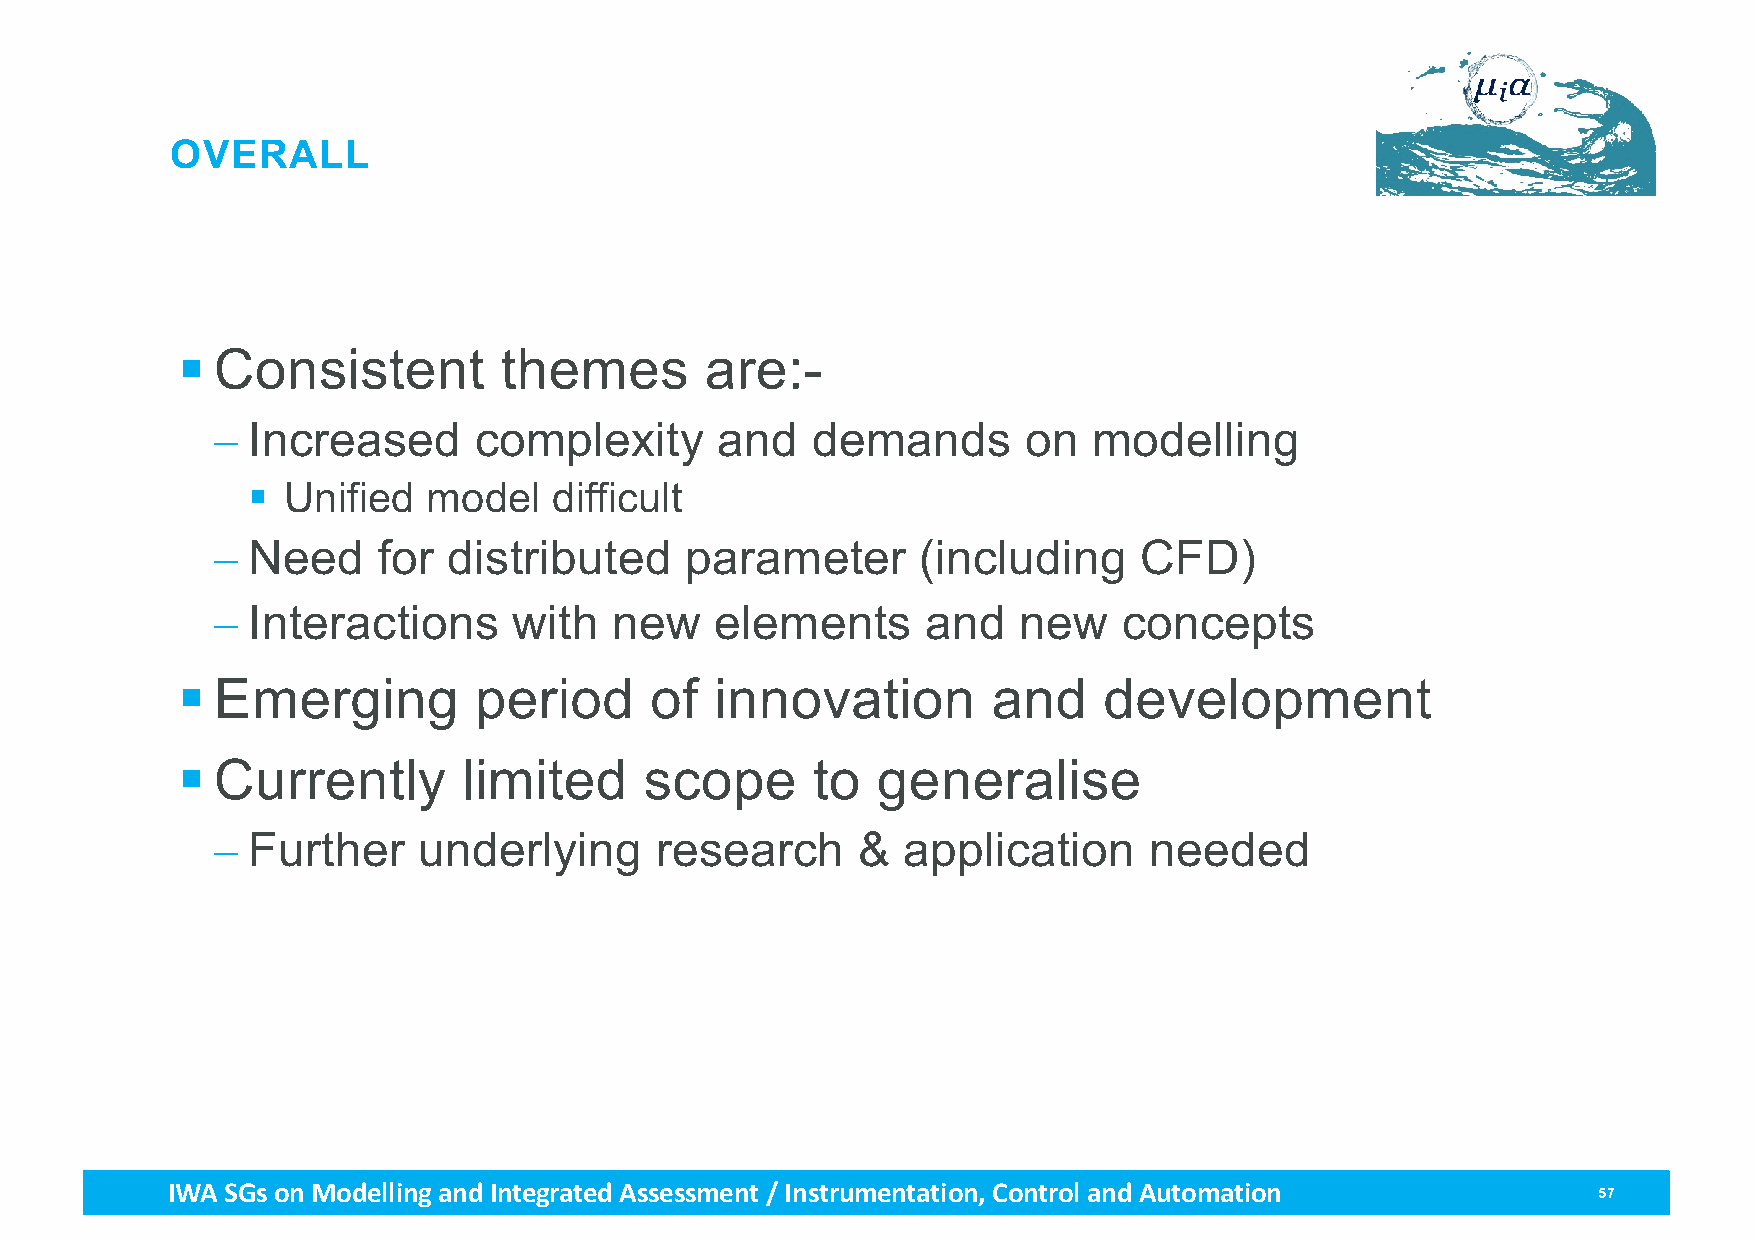
OVERALL
 § Consistent         themes        are:-
 - Increased      complexity      and    demands       on  modelling
 §  Unified  model    difficult
 - Need     for  distributed    parameter       (including    CFD)
 - Interactions      with   new   elements      and   new    concepts
 § Emerging         period      of  innovation         and    development
 § Currently        limited     scope      to  generalise
 - Further     underlying     research      &  application     needed
 IWA SGs on Modellingand Integrated Assessment / Instrumentation, Control and Automation        57